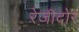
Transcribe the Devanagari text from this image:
रेज़ीदोर